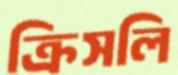
ক্রিসলি